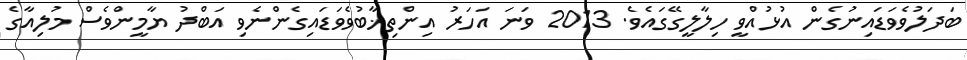
ބަދަލުވެވަޑައިނުގެން އުޅުއްވީ ހިލާލީގޭގައެވެ. 2013 ވަނަ އަހަރު އިންތިޚާބުވެވަޑައިގެންނެވި އަބްދު ޔާމީންވެސް މުލިއާގެ